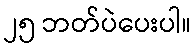
၂၅ ဘတ်ပဲပေးပါ။